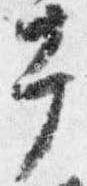
幸